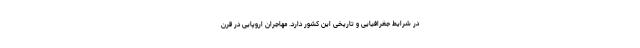
در شرایط جغرافیایی و تاریخی این کشور دارد. مهاجران اروپایی در قرن